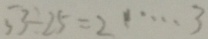
5 3 \div 2 5 = 2 \cdots 3